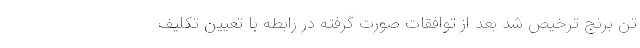
تن برنج ترخیص شد بعد از توافقات صورت گرفته در رابطه با تعیین تکلیف